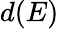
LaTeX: d(E)